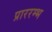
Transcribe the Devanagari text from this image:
प्राररम्भ